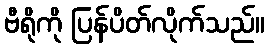
ဗီရိုကို ပြန်ပိတ်လိုက်သည်။